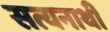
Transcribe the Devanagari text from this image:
सत्यनाथी